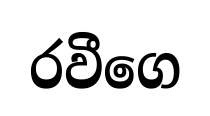
රවීගෙ